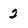
Character: 2